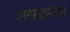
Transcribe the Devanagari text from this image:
अमावास्येचा